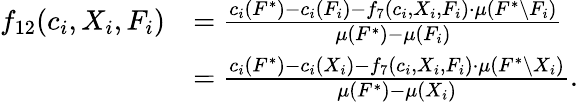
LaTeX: \begin{array}{rl}{f_{12}(c_{i},X_{i},F_{i})}&{=\frac{c_{i}(F^{*})-c_{i}(F_{i})-f_{7}(c_{i},X_{i},F_{i})\cdot\mu(F^{*}\setminus F_{i})}{\mu(F^{*})-\mu(F_{i})}}\\ {}&{=\frac{c_{i}(F^{*})-c_{i}(X_{i})-f_{7}(c_{i},X_{i},F_{i})\cdot\mu(F^{*}\setminus X_{i})}{\mu(F^{*})-\mu(X_{i})}.}\end{array}